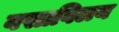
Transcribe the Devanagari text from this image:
वसाविलय